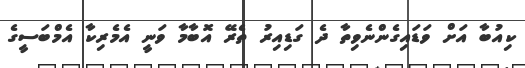
ކިއުބާ އަށް ވަޑައިގެންނެވިތާ ދެ ގަޑިއިރު ތެރޭ އޮބާމާ ވަނީ އެމެރިކާ އެމްބަސީގެ